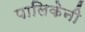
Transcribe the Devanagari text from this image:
पालिकेनी